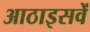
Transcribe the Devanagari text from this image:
आठाइसवें